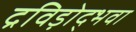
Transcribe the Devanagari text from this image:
द्रविड़ोद्भवा